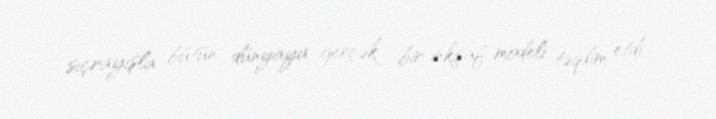
sıçrayışla bütün dünyaya gerçək bir inkişaf modeli təqdim etdi.